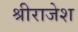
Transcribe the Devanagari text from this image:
श्रीराजेश